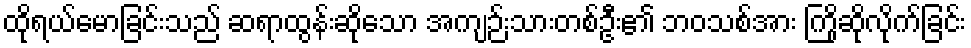
ထိုရယ်မောခြင်းသည် ဆရာထွန်းဆိုသော အကျဉ်းသားတစ်ဦး၏ ဘဝသစ်အား ကြိုဆိုလိုက်ခြင်း